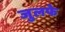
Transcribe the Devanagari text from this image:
जुलफे